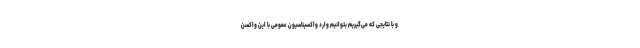
و با نتایجی که می‌گیریم بتوانیم وارد واکسیناسیون عمومی با این واکسن